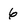
Character: 6